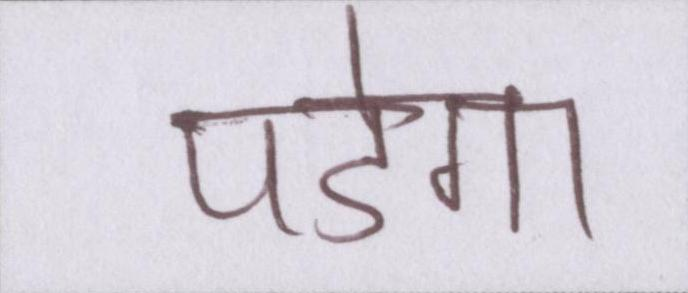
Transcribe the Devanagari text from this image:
पडेगा